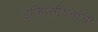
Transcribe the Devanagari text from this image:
इजिप्सीयनांची